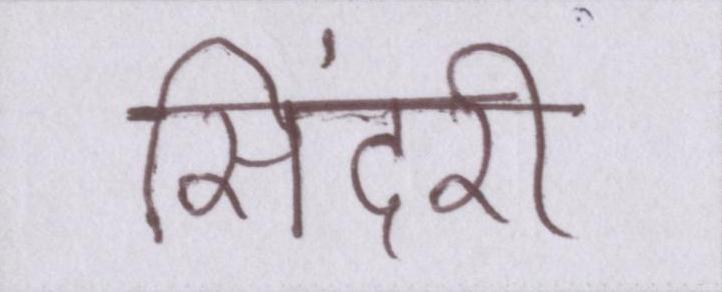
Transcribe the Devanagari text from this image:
सिंदरी